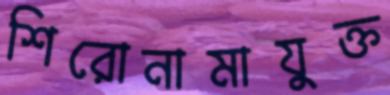
শিরোনামাযুক্ত